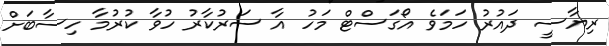
ރިޔާސީ ދައުރު ހަމަވެ އޯގަސްޓް މަހު އާ ސަރުކާރު ހުވާ ކުރުމާ ހިސާބަށް